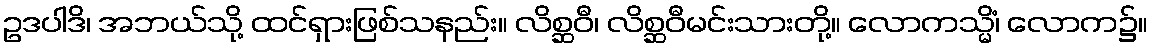
ဥဒပါဒိ၊ အဘယ်သို့ ထင်ရှားဖြစ်သနည်း။ လိစ္ဆဝီ၊ လိစ္ဆဝီမင်းသားတို့။ လောကသ္မိံ၊ လောက၌။